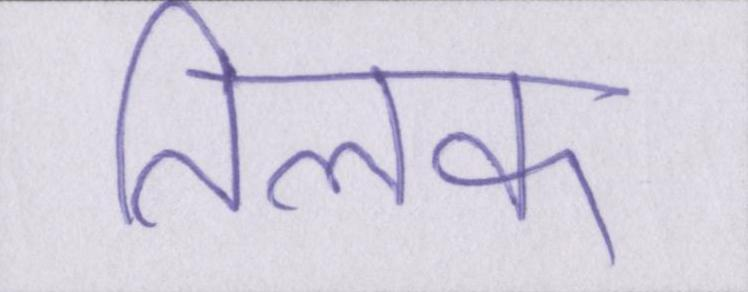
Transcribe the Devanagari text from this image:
तिलक